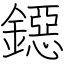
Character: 鐚